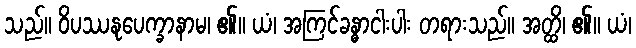
သည်။ ဝိပဿနုပေက္ခာနာမ၊ ၏။ ယံ၊ အကြင်ခန္ဓာငါးပါး တရားသည်။ အတ္ထိ၊ ၏။ ယံ၊